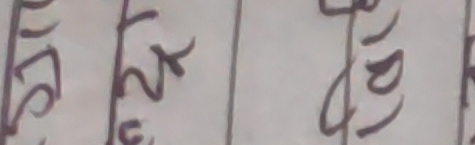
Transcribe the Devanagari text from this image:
१८
३२
४०